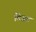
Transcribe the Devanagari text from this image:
विजट